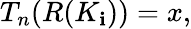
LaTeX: T_{n}(R(K_{\mathbf{i}}))=x,